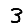
Digit: 3